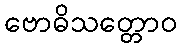
ဗောဓိသတ္တောဝ